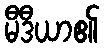
မီဒီယာ၏